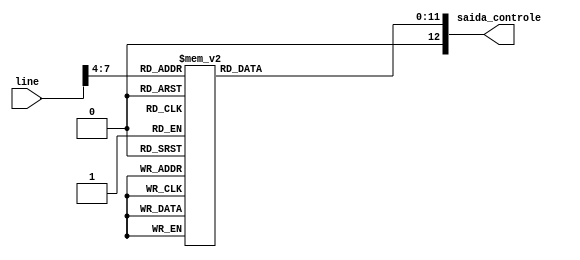
module control(line,saida_controle);

	input [7:0]line;
	output [12:0] saida_controle;

	reg [11:0] controle;
	// controle[12]=controle ULA GT - controle[11:10]=ControleA - controle[9]=controleB - controle[8]=controleUla - controle[7]=controleEscritaReg - controle[6]=controleEscritaMemo - controle[5]=controleLeituraMemo - 
	// controle[4]=controleJump - controle[3]=controleGoTo - controle[2:1]=controleInputUla - controleHalt[0]=controleHalt
		 	
	assign saida_controle = controle;	

	always @(line) begin 
		case ( line[7:4] )
			4'b0000: controle = 13'b0011010000011; //movfw
			4'b0001: controle = 13'b0100100010001; //jogw
			4'b0010: controle = 13'b0101010000011; //addw
			4'b0011: controle = 13'b0000010000001; //clearw
			4'b0100: controle = 13'b0100101000101; //mtm
			4'b0101: controle = 13'b0100010100101; //mfm
			4'b0110: controle = 13'b0100100010001; //jog
			4'b0111: controle = 13'b0100100010001; //joe
			4'b1000: controle = 13'b0100100010001; //jol
			4'b1001: controle = 13'b0011010000101; //move
			4'b1010: controle = 13'b0101100001101; //gt
			4'b1011: controle = 13'b0100000000000; //end
			4'b1010: controle = 13'b1101100001101; //gtb
			default: controle = 13'b0100000000000; //end
		endcase
	end 
endmodule